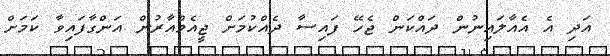
އަދި އެ އެއާލައިނުން ދައްކަން ޖެހޭ ފައިސާ ދެއްކުމަށް ޖީއެމްއާރުން އަންގާފައިވާ ކަމަށް